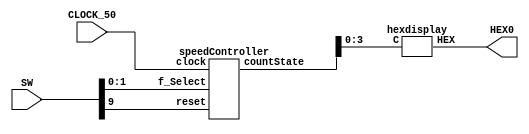
module part2 (SW, CLOCK_50, HEX0); 

		input [9:0] SW;
		input CLOCK_50;
		output [6:0] HEX0;
		
		wire [4:0] disp_Count;
						
		speedController S1 (.f_Select(SW[1:0]), .clock(CLOCK_50), .reset(SW[9]), .countState(disp_Count));
		hexdisplay D1 (.C(disp_Count[3:0]), .HEX(HEX0));
						
endmodule 

module speedController (input [1:0] f_Select, input clock, reset, output [4:0] countState);

				wire [27:0] m_Cycles; 
				wire dwnClk_Enable; 
				
				speedSelect S1 (.select(f_Select), .maxCycles(m_Cycles));
				rateDivider R1 (.maxCycles(m_Cycles), .clock(clock), .reset(reset), .downClock(dwnClk_Enable));
				countUp C1 (.clock(clock), .reset(reset), .enable(dwnClk_Enable), .Q(countState));
				
endmodule 

module speedSelect (input [1:0] select, output reg [27:0] maxCycles);

				always @(*)
				begin
				
					case(select)
						2'b00: maxCycles = 28'b0000000000000000000000000001; //50MHz
						2'b01: maxCycles = 28'b0010111110101111000010000000; //1 Hz
						2'b10: maxCycles = 28'b0101111101011110000100000000; //0.5 Hz
						2'b11: maxCycles = 28'b1011111010111100001000000000; //0.25 Hz
						default: maxCycles = 28'b0000000000000000000000000001; //50Mhz
					endcase
				end

endmodule 

module rateDivider(input [27:0] maxCycles, input clock, reset, output downClock);
				
				reg [27:0] cycleCount;
				
				always @(posedge clock) 
				begin
				
					if (reset == 1'b1) 
						cycleCount <= 28'b0;						
					else if (cycleCount == 28'b0) 
						cycleCount <= maxCycles; 
					else
						cycleCount <= cycleCount - 1'b1; 
						
				end
				
				assign downClock = (cycleCount == 28'b0) ? (1'b1):(1'b0);

endmodule 


module countUp (input clock, reset, enable, output reg [4:0] Q);

				always @(posedge clock) 
				begin
				
					if (reset == 1'b0) 
						Q <= 5'b0;
					else if (Q == 5'b10000) 
						Q <= 5'b0;
					else if (enable == 1'b1) 
						Q <= Q + 1;
					else
						Q <= Q;
						
				end

endmodule 


module hexdisplay (input [3:0] C, output [6:0] HEX);

				
				assign HEX[0] = !((C[3]|C[2]|C[1]|!C[0]) & (C[3]|!C[2]|C[1]|C[0]) & 
								(!C[3]|C[2]|!C[1]|!C[0]) & (!C[3]|!C[2]|C[1]|!C[0]));
								
				assign HEX[1] = !((C[3]|!C[2]|C[1]|!C[0]) & (C[3]|!C[2]|!C[1]|C[0]) & 
								(!C[3]|C[2]|!C[1]|!C[0]) & (!C[3]|!C[2]|C[1]|C[0]) & 
								(!C[3]|!C[2]|!C[1]|C[0]) & (!C[3]|!C[2]|!C[1]|!C[0]));
								
				assign HEX[2] = !((C[3]|C[2]|!C[1]|C[0]) & (!C[3]|!C[2]|C[1]|C[0]) & 
								(!C[3]|!C[2]|!C[1]|C[0]) & (!C[3]|!C[2]|!C[1]|!C[0]));
								
				assign HEX[3] = !((C[3]|C[2]|C[1]|!C[0]) & (C[3]|!C[2]|C[1]|C[0]) & 
								(C[3]|!C[2]|!C[1]|!C[0]) & (!C[3]|C[2]|C[1]|!C[0]) & 
								(!C[3]|C[2]|!C[1]|C[0]) & (!C[3]|!C[2]|!C[1]|!C[0]));
								
				assign HEX[4] = !((C[3]|C[2]|C[1]|!C[0]) & (C[3]|C[2]|!C[1]|!C[0]) & 
								(C[3]|!C[2]|C[1]|C[0]) & (C[3]|!C[2]|C[1]|C[0]) &
								(C[3]|!C[2]|C[1]|!C[0]) & (C[3]|!C[2]|!C[1]|!C[0]) &
								(!C[3]|C[2]|C[1]|!C[0]));
								
				assign HEX[5] = !((C[3]|C[2]|C[1]|!C[0]) & (C[3]|C[2]|!C[1]|C[0]) & 
								(C[3]|C[2]|!C[1]|!C[0]) & (C[3]|!C[2]|!C[1]|!C[0]) & 
								(!C[3]|!C[2]|C[1]|!C[0]));
								
				assign HEX[6] = !((C[3]|C[2]|C[1]|C[0]) & (C[3]|C[2]|C[1]|!C[0]) & 
								(C[3]|!C[2]|!C[1]|!C[0]) & (!C[3]|!C[2]|C[1]|C[0]));

endmodule